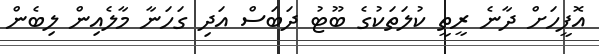
އޮފީހަށް ދާނެ ރީތީ ކުލަތަކުގެ ބޫޓު ދަބަސް އަދި ގަހަނާ މާލެއިން ލިބެން